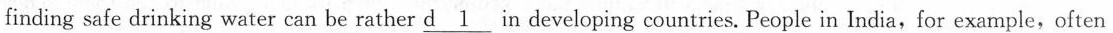
finding safe drinking water can be rather \underline{d 1} in developing countries. People in India,for example,often